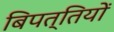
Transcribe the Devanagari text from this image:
बिपत्तियों